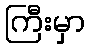
ကြီးမှာ